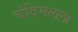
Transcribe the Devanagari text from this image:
चंदिमलला